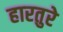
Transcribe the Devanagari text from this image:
हारतुरे